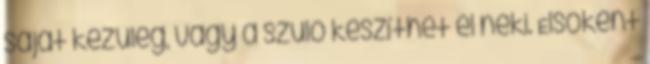
saját kezűleg, vagy a szülő készíthet el neki. Elsőként